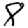
Digit: 8